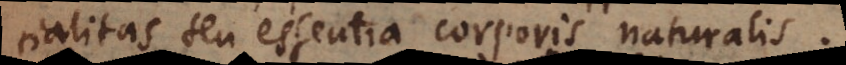
substantialitas seu essentia corporis naturalis.